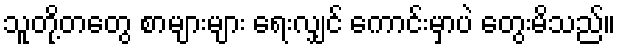
သူတို့တတွေ စာများများ ရေးလျှင် ကောင်းမှာပဲ တွေးမိသည်။